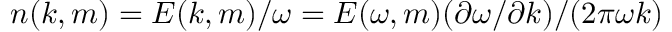
n ( k , m ) = E ( k , m ) / \omega = E ( \omega , m ) ( \partial \omega / \partial k ) / ( 2 \pi \omega k )